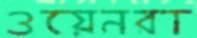
ওয়েনরা